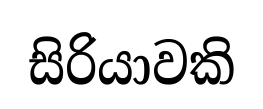
සිරියාවකි